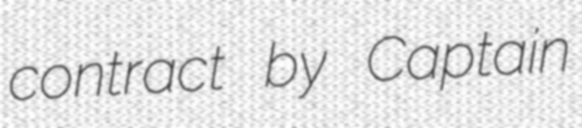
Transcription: contract by Captain